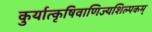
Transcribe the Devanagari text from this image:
कुर्यात्कृषिवाणिज्यशिल्पकम्